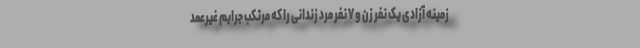
زمینه آزادی یک نفر زن و ۷ نفر مرد زندانی را که مرتکب جرایم غیرعمد